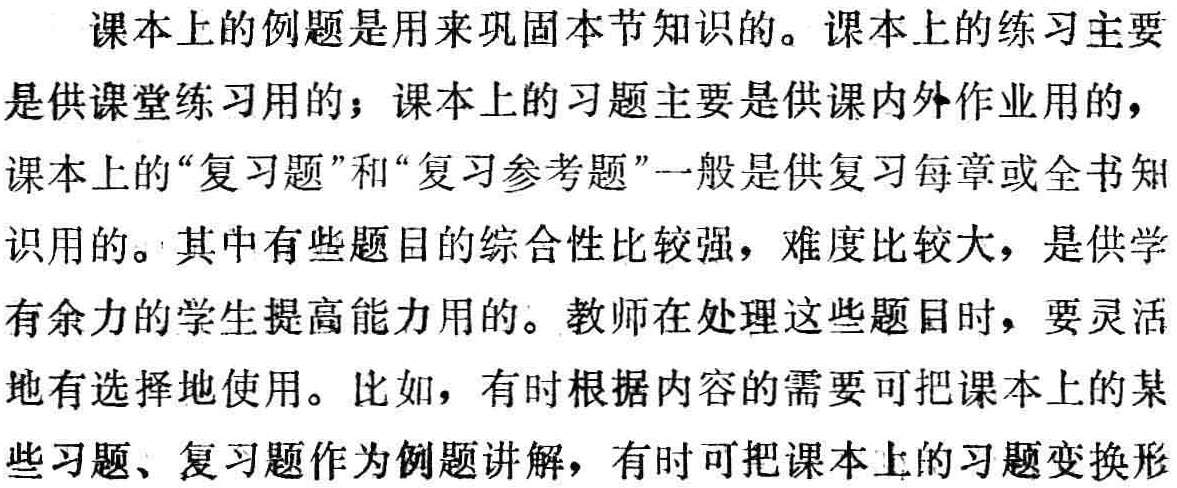
课本上的例题是用来巩固本节知识的。课本上的练习主要是供课堂练习用的；课本上的习题主要是供课内外作业用的，课本上的“复习题”和“复习参考题”一般是供复习每章或全书知识用的。其中有些题目的综合性比较强，难度比较大，是供学有余力的学生提高能力用的。教师在处理这些题目时，要灵活地有选择地使用。比如，有时根据内容的需要可把课本上的某些习题、复习题作为例题讲解，有时可把课本上的习题变换形